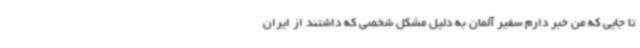
تا جایی که من خبر دارم سفیر آلمان به دلیل مشکل شخصی که داشتند از ایران